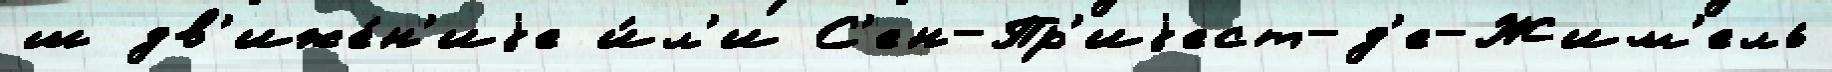
ш дв'иже́н'иjе и́л'и С'ен-Пр'иjест-д'е-Жим'ель